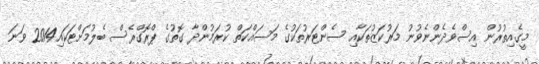
މީގެއިތުރުން އިސްވެދެންނެވުނު މަރުކަޒުތަކާއި ސެންޓަރުތަކުގެ މަސައްކަތް ކުރަމުންދާ ގޮތުގެ ޕްރޮގްރެސް ބެލުމަށްޓަކައި2014 ވަނަ